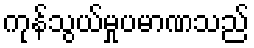
ကုန်သွယ်မှုပမာဏသည်